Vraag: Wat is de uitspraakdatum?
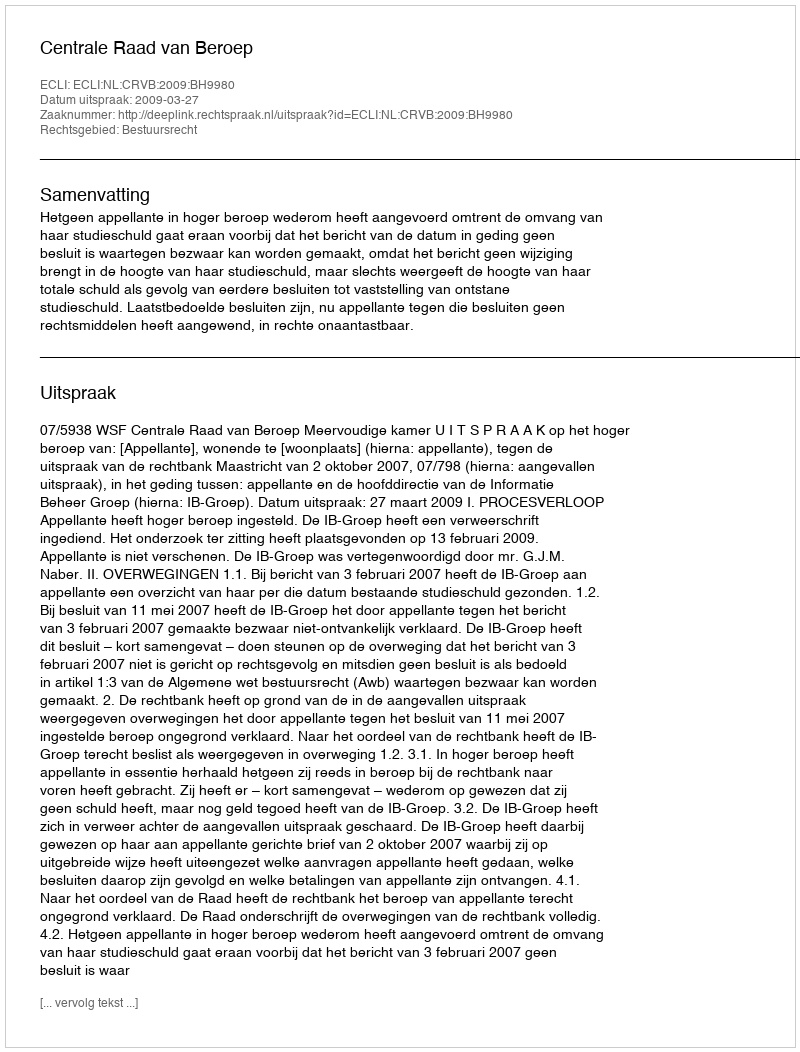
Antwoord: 2009-03-27